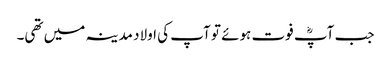
جب آپؓ فوت ہوئے تو آپ کی اولاد مدینہ میں تھی۔